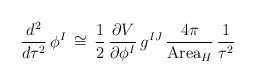
\begin{align*}\frac{d^2}{d\tau^2}\, \phi^I \, \cong \, \frac{1}{2} \,\frac{\partial V}{\partial \phi^I} \, g^{IJ} \, \frac{4\pi}{\mbox{Area}_H} \, \frac{1}{\tau^2}\end{align*}